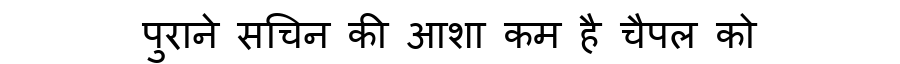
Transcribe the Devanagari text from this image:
पुराने सचिन की आशा कम है चैपल को